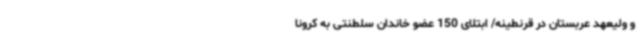
و ولیعهد عربستان در قرنطینه/ ابتلای 150 عضو خاندان سلطنتی به کرونا